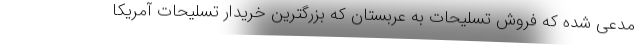
مدعی شده که فروش تسلیحات به عربستان که بزرگترین خریدار تسلیحات آمریکا